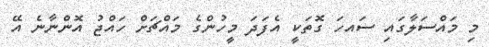
މި މައްސަލާގައި ސައހަ ގޮތަކީ އެފަދަ މީހުންގެ މައްޗަށް ހައްޖު އޮންނާނެ އޭ